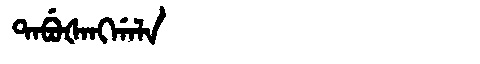
Manchu: ᡨᠠᠪᡠᡧᠠᠩᡤᠠᠯᠠ
Romanization: TABUŠANGGALA